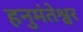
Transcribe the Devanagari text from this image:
हनुमंतेश्वर